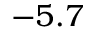
- 5 . 7